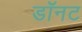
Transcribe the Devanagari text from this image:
डॉनट